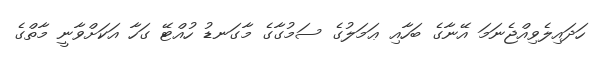
ހަދައިލެވިއްޖެނަމަ އޭނާގެ ބަހާއި ޢަމަލުގެ ސަމުގާގެ މާގަނޑު ހުއްޓޭ ގަހާ އަކަށްވާނީ މާތްގެ